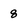
Character: 8